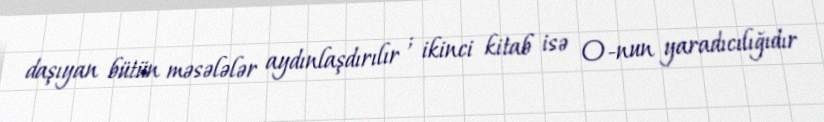
daşıyan bütün məsələlər aydınlaşdırılır ; ikinci kitab isə O-nun yaradıcılığıdır